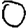
Digit: 0